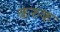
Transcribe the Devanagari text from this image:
करुक